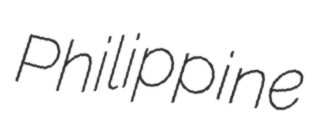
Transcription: Philippine